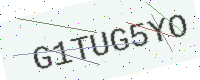
Text: G1TUG5YO